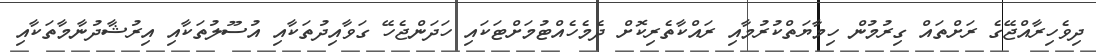
ދިވެހިރާއްޖޭގެ ރަށްތައް ގިރުމުން ހިމާޔަތްކުރުމާއި ރައްކާތެރިކޮށް ދެމެހެއްޓުމަށްޓަކައި ހަދަންޖެހޭ ގަވާއިދުތަކާއި އުސޫލުތަކާއި އިރުޝާދުނާމާތަކާއި